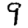
Digit: 9